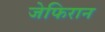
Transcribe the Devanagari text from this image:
जेफिरान